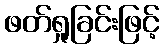
ဖတ်ရှုခြင်းဖြင့်